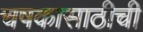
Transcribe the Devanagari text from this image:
चषकासाठीची